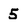
Character: 5